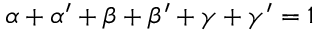
\alpha + \alpha ^ { \prime } + \beta + \beta ^ { \prime } + \gamma + \gamma ^ { \prime } = 1